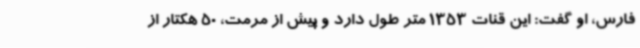
فارس، او گفت: این قنات 1353 متر طول دارد و پیش از مرمت، 50 هکتار از